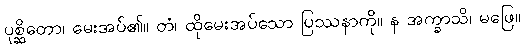
ပုစ္ဆိတော၊ မေးအပ်၏။ တံ၊ ထိုမေးအပ်သော ပြဿနာကို။ န အက္ခာသိ၊ မဖြေ။